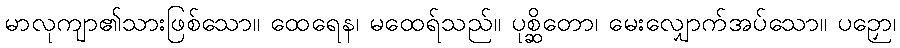
မာလုကျာ၏သားဖြစ်သော။ ထေရေန၊ မထေရ်သည်။ ပုစ္ဆိတော၊ မေးလျှောက်အပ်သော။ ပဉှော၊